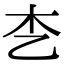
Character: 朰